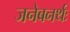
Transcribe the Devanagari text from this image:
जनेबनर्थः